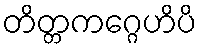
တိတ္တကဂ္ဂေဟိပိ